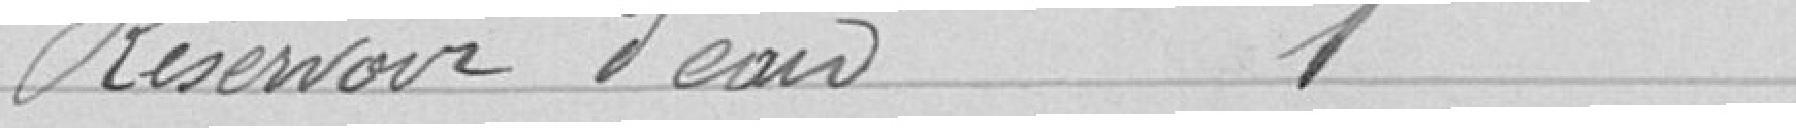
Réservoir d'eau